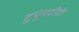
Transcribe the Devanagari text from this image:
टुपुंगटीटो